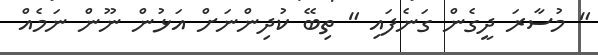
" މުސާރަ ދީގެން ގަނެފައި " ތިބޭ ކުދިންނަށް އަޅުން ނޫން ނަމެއް